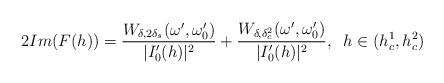
LaTeX: \begin{align*}2 Im(F(h)) = \frac{W_{\delta,2\delta_s}(\omega',\omega_0')}{|I'_0(h)|^2} + \frac{W_{\delta,\delta_c^2}(\omega',\omega_0')}{|I'_0(h)|^2} , \;\; h \in (h_c^1, h_c^2)\end{align*}